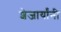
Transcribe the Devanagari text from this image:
शेजार्यांनी